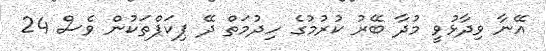
އޭނާ ވިދާޅުވީ މުދާ ބޭރު ކުރުމުގެ ހިދުމަތް ދޭ ޕިކަޕްތަކުން ވެސް 24